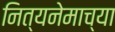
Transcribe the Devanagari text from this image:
नित्यनेमाच्या